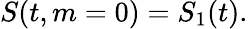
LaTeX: \begin{array}{r}{S(t,m=0)=S_{1}(t).}\end{array}